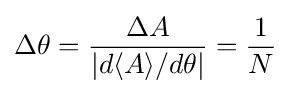
\Delta \theta ={\frac {\Delta A}{|d\langle A\rangle /d\theta |}}={\frac {1}{N}}